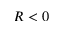
R < 0